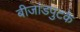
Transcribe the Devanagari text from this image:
बीजांडपुटके